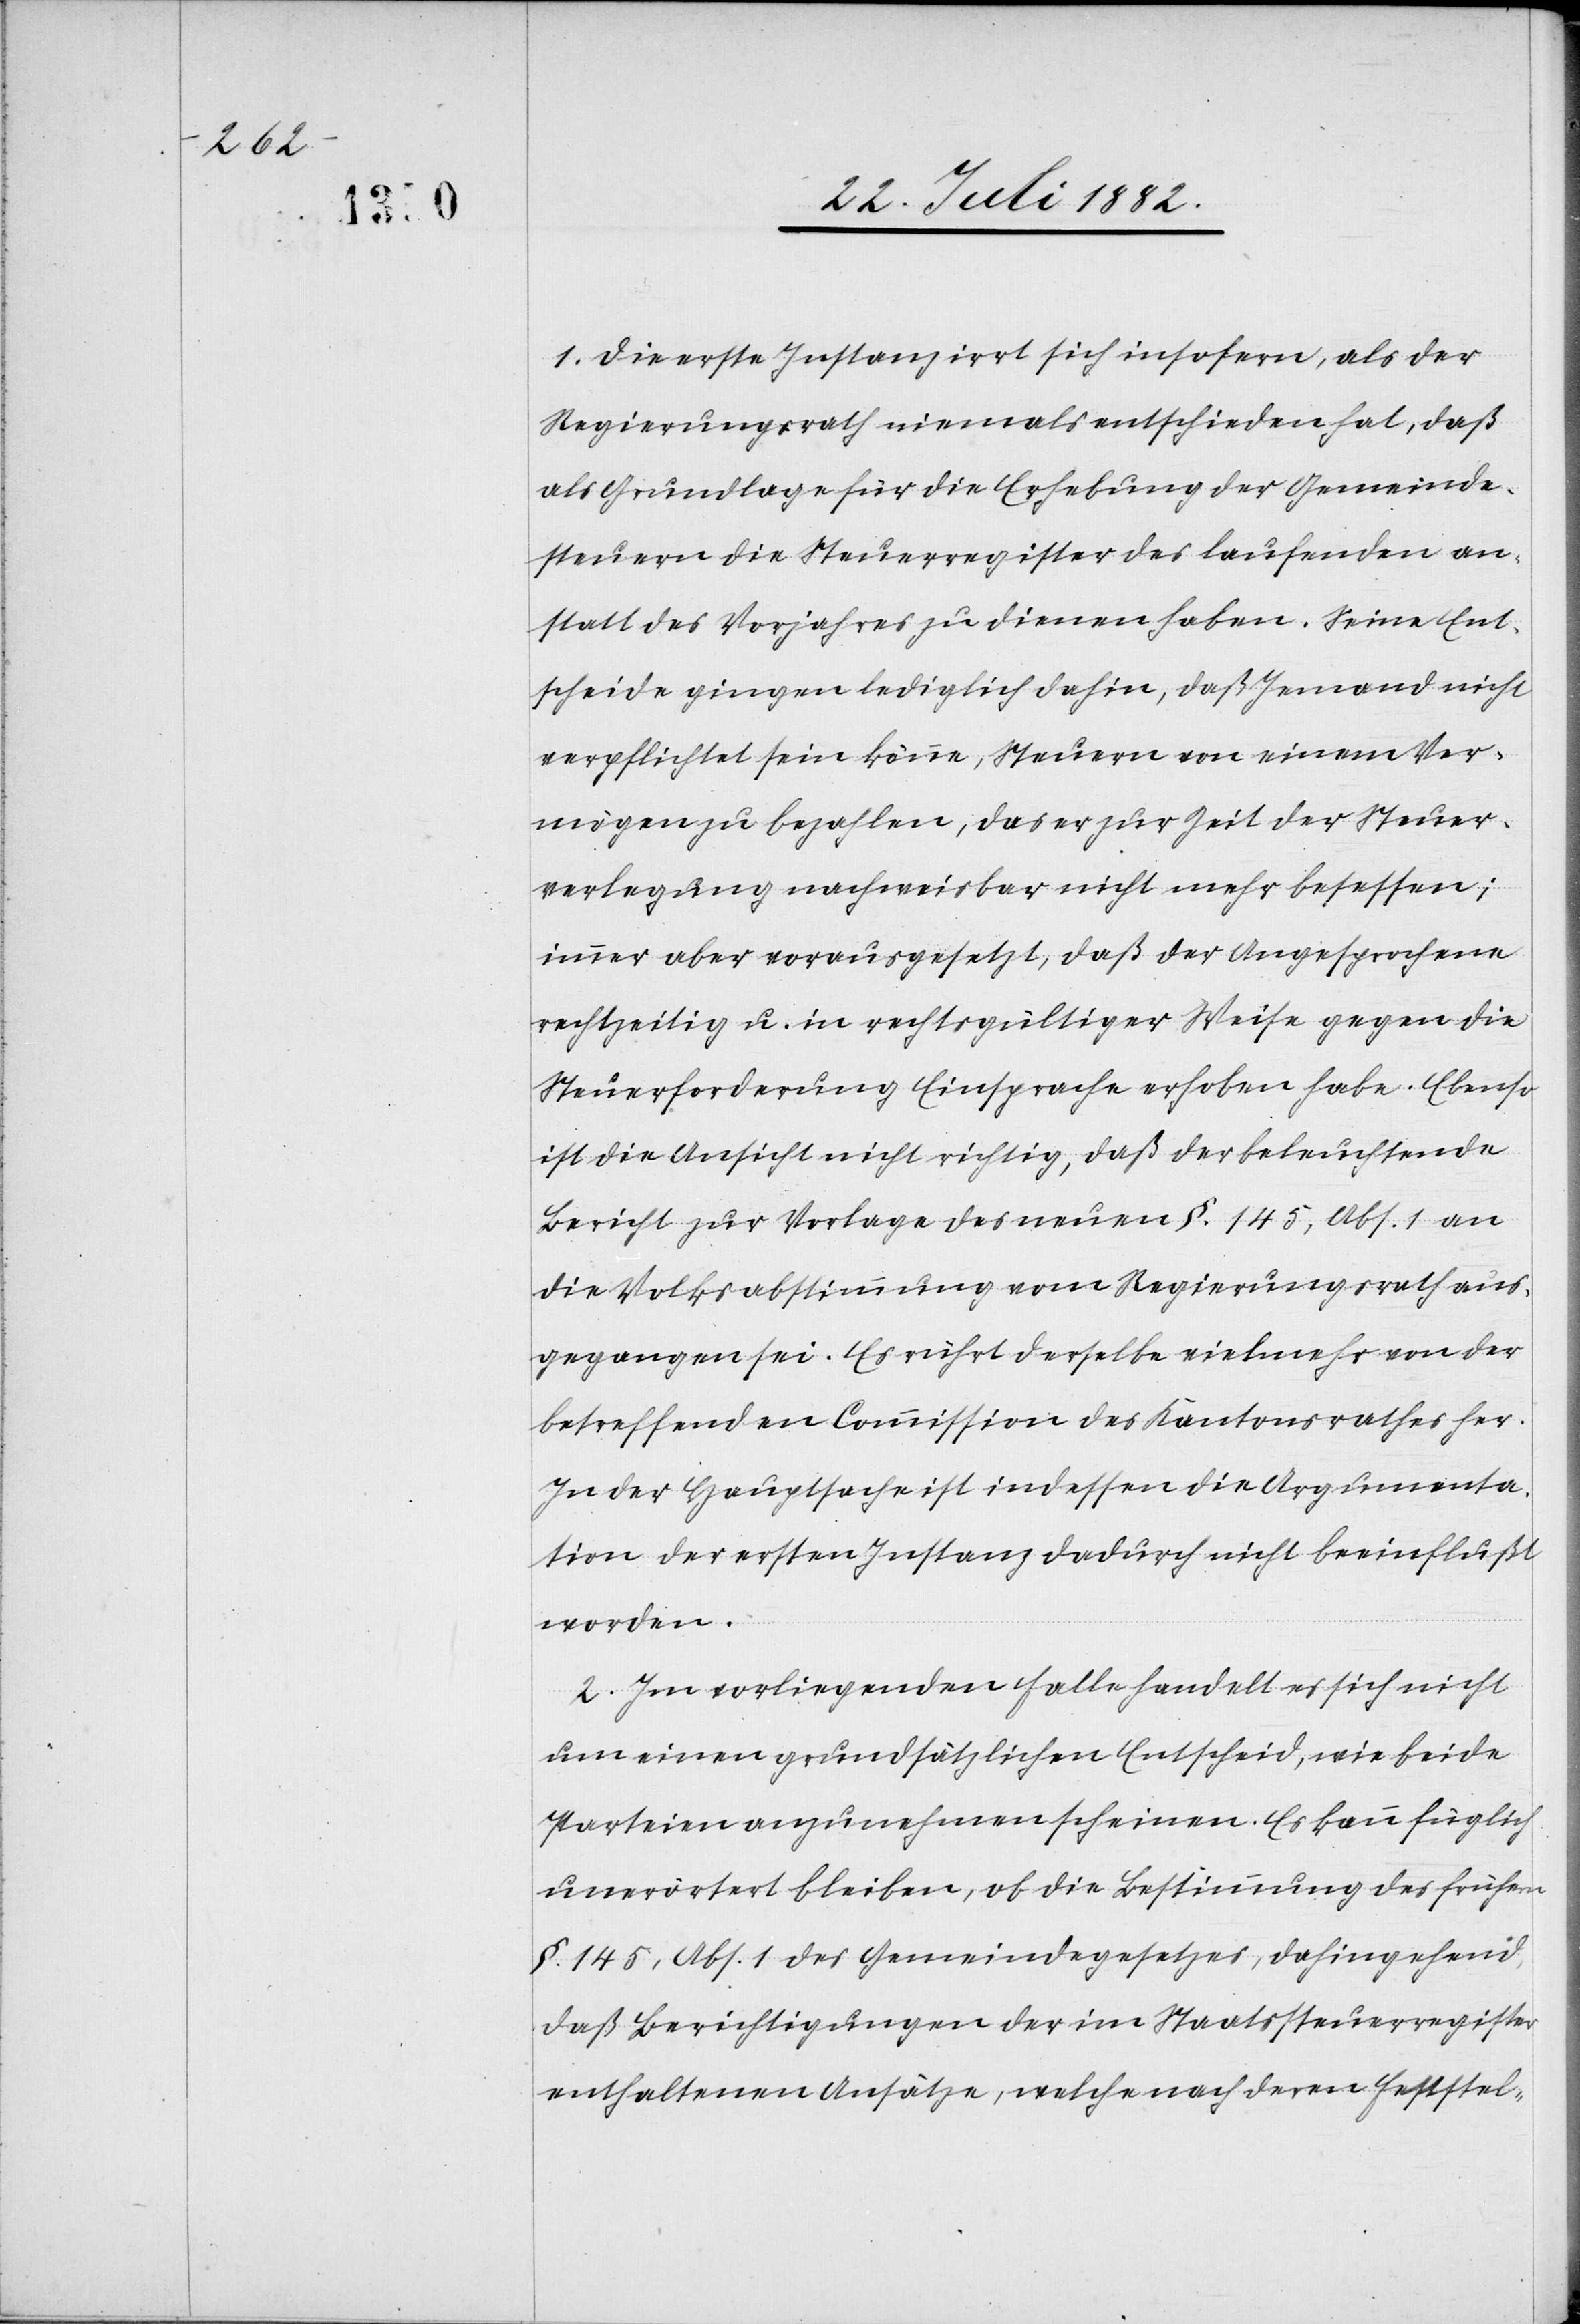
1. Die erste Instanz irrt sich insofern, als der
Regierungsrath niemals entschieden hat, daß
als Grundlage für die Erhebung der Gemeinde¬
steuern die Steuerregister des laufenden an¬
statt der Vorjahres zu dienen haben. Seine Ent¬
scheide gingen lediglich dahin, daß Jemand nicht
verpflichtet sein könne, Steuern von einem Ver¬
mögen zu bezahlen, das er zur Zeit der Steuer¬
verlegung nachweisbar nicht mehr besessen;
immer aber vorausgesetzt, daß der Angesprochene
rechtzeitig u. in rechtsgültiger Weise gegen die
Steuerforderung Einsprache erhoben habe. Ebenso
ist die Ansicht nicht richtig, daß der beleuchtende
Bericht zur Vorlage des neuen §. 145, Abs. 1 an
die Volksabstimmung vom Regierungsrath aus¬
gegangen sei. Es rührt derselbe vielmehr von der
betreffenden Commission des Kantonsrathes her.
In der Hauptsache ist indessen die Argumenta¬
tion der ersten Instanz dadurch nicht beeinflußt
worden.
2. Im vorliegenden Falle handelt es sich nicht
um einen grundsätzlichen Entscheid, wie beide
Parteien anzunehmen scheinen. Es kann füglich
unerörtert bleiben, ob die Bestimmung des frühern
§. 145, Abs. 1 des Gemeindegesetzes, dahingehend,
daß Berichtigungen der im Staatssteuerregister
enthaltenen Ansätze, welche nach deren Feststel-